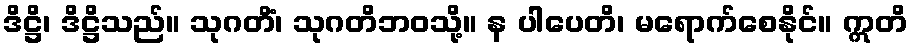
ဒိဋ္ဌိ၊ ဒိဋ္ဌိသည်။ သုဂတိံ၊ သုဂတိဘဝသို့။ န ပါပေတိ၊ မရောက်စေနိုင်။ ဣတိ